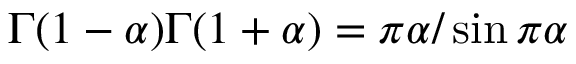
\Gamma ( 1 - \alpha ) \Gamma ( 1 + \alpha ) = \pi \alpha / \sin \pi \alpha